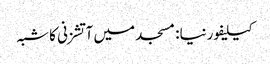
کیلیفورنیا: مسجد میں آتشزنی کا شبہ